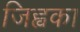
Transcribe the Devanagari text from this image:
जिह्वका